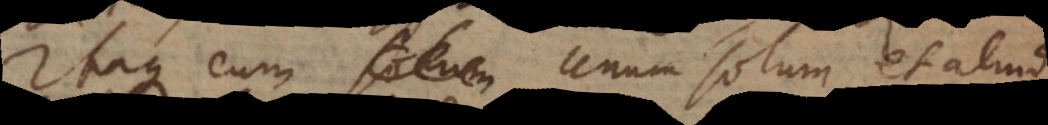
Itaque cum solum unum solum et aliud